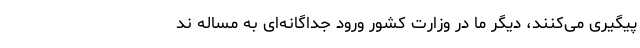
پیگیری می‌کنند، دیگر ما در وزارت کشور ورود جداگانه‌ای به مساله ند